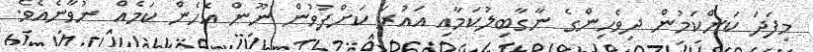
މިފަދަ ކަންކަމުން ދިވެހިންގެ ނާގާބިލުކަމާއި އައުރަ ކަށްފުވުން ނޫން އެހެން ކަމެއް ނުވާނެއެވެ.